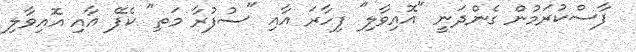
ފާސްކުރަމުން ގެންދަނީ "އޮއިވާލި" ފިހާރަ އާއި "ސުފުރާ މަތި" ކެފޭ އާއި އޮއިވާލި